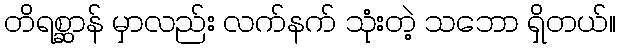
တိရစ္ဆာန် မှာလည်း လက်နက် သုံးတဲ့ သဘော ရှိတယ်။